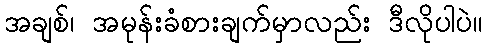
အချစ်၊ အမုန်းခံစားချက်မှာလည်း ဒီလိုပါပဲ။